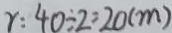
\gamma : 4 0 \div 2 = 2 0 ( m )